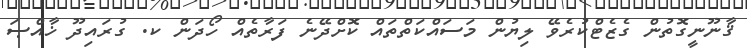
ޤާނޫނީގޮތުން ގެޒެޓްކުރެވޭ ލިޔުން މަސައްކަތްތައް ކޮށްދޭނެ ފަރާތެއް ހޯދަން ކ. ގުރައިދޫ ޚާއްޞަ